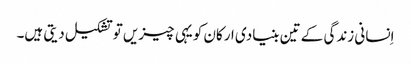
اِنسانی زندگی کے تین بنیادی ارکان کویہی چیزیں توتشکیل دیتی ہیں۔